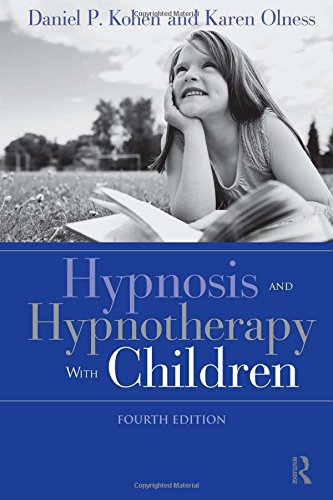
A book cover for Hypnosis and Hypnotherapy With Children, Fourth Edition; Daniel P. Kohen; Health, Fitness & Dieting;